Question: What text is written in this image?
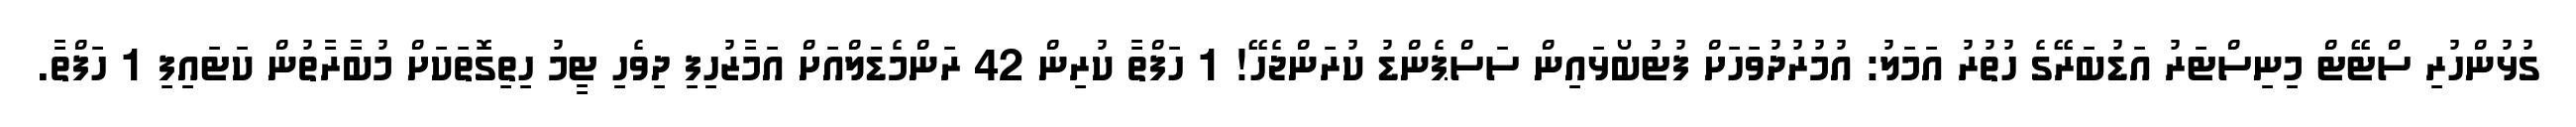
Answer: ގުޅުންހުރި ސްޓޭޓް މިނިސްޓަރު އަޑުބަރޭގެ ހުތުރު އަމަލު: އުމުރުދުވަހަށް ފުޓުބޯޅައިން ސަސްޕެންޑު ކުރަންޖެހޭ! 1 ހަފްތާ ކުރިން 42 ރަންމެޑަލްއަށް އަމާޒުހިފި ދިވެހި ޓީމު ހިތިގޮތަކަށް މުބާރާތުން ކަޓައިފި 1 ހަފްތާ.